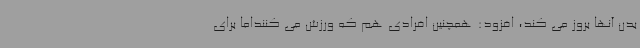
بدن آنها بروز می کند، افزود: همچنین افرادی هم که ورزش می کننداما برای